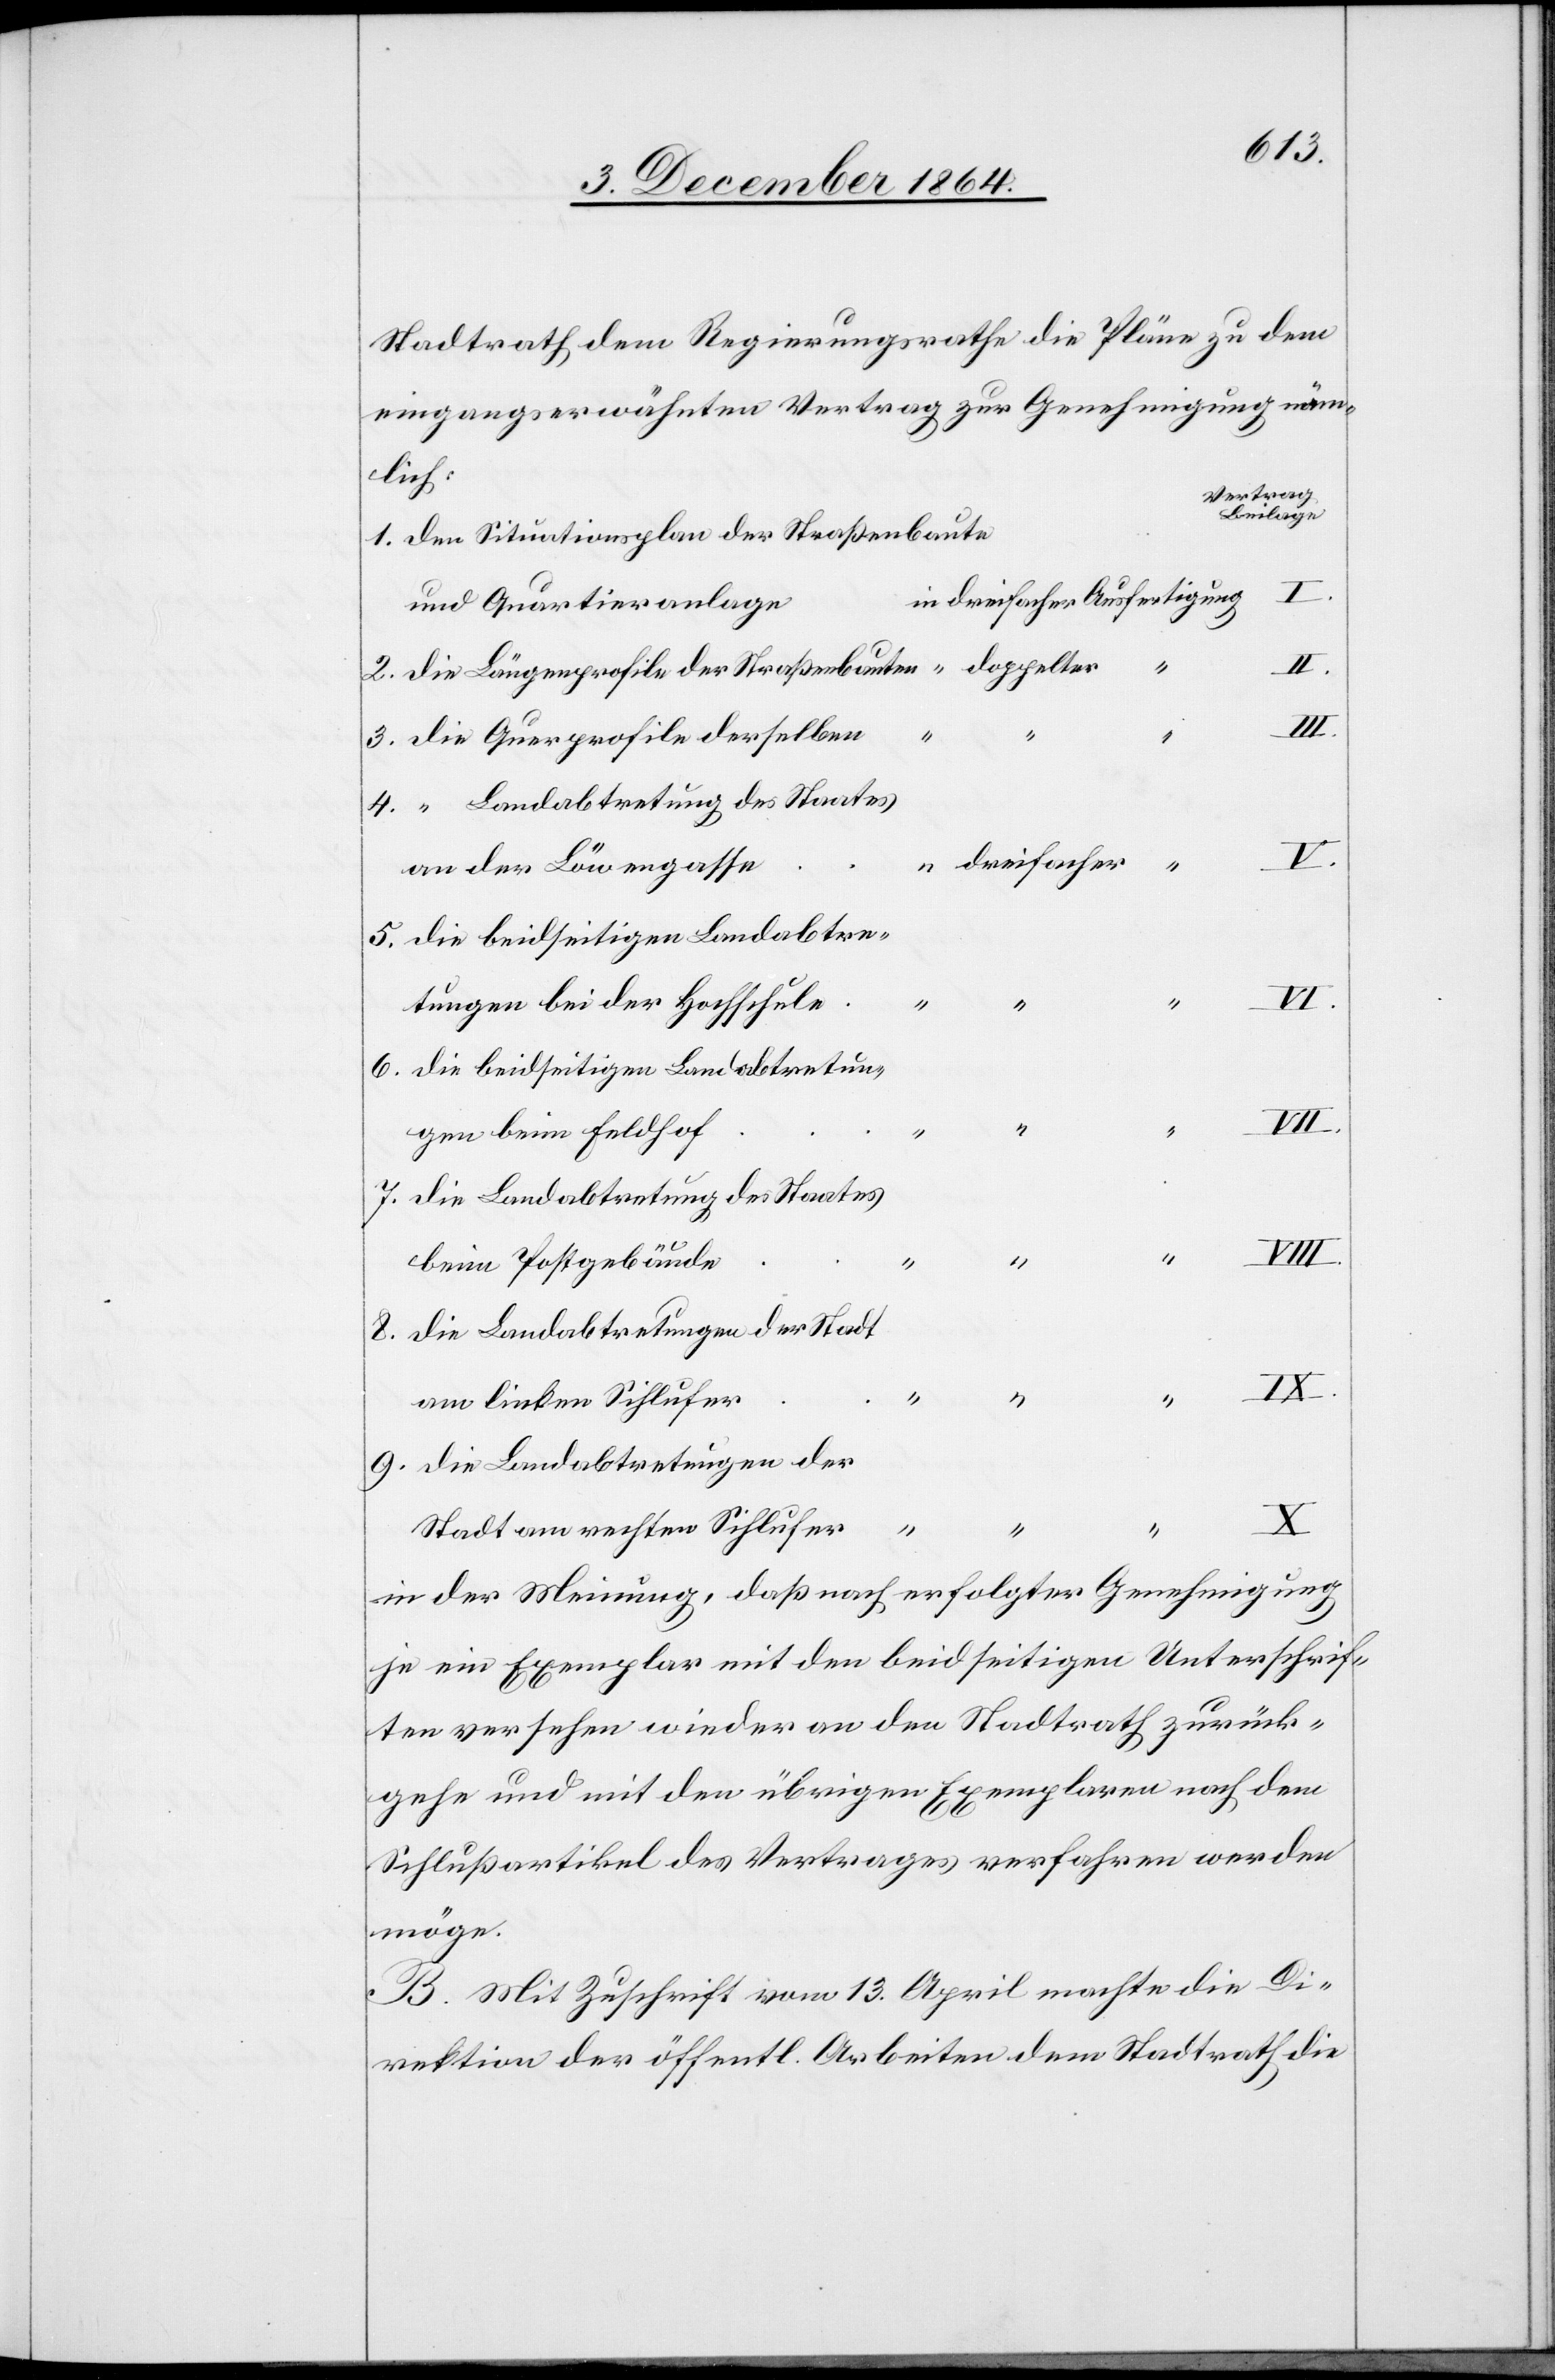
Stadtrath dem Regierungsrathe die Pläne zu dem
eingangserwähnten Vertrag zur Genehmigung näm¬
lich:
Vertrag
Beilage
den Situationsplan der Straßenbaute
und Quartieranlage
doppelter
die Längenprofile der Straßenbauten
die Querprofile derselben
“ Landabtretung des Staates
an der Löwengasse
die beidseitigen Landabtre¬
tungen bei der Hochschule
2.
6.
die beidseitigen Landabtretun¬
VIII.
gen beim Feldhof
die Landabtretung des Staates
8.
beim Postgebäude
die Landabtretungen der Stadt
4.
5.
am linken Sihlufer
die Landabtretungen der
in
Stadt am rechten Sihlufer
“
“
in der Meinung, daß nach erfolgter Genehmigung
je ein Exemplar mit den beidseitigen Unterschrif¬
ten versehen wieder an den Stadtrath zurück¬
gehe und mit den übrigen Exemplaren nach dem
Schlußartikel des Vertrages verfahren werden
möge.
B. Mit Zuschrift vom 13. April machte die Di¬
rektion der öffentl. Arbeiten dem Stadtrath die